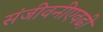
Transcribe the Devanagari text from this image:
संजीवनीएवढी